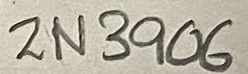
Text: 2N3906